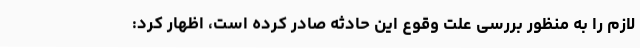
لازم را به منظور بررسی علت وقوع این حادثه صادر کرده است، اظهار کرد: